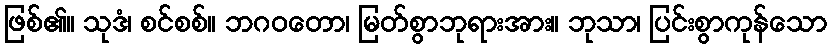
ဖြစ်၏။ သုဒံ၊ စင်စစ်။ ဘဂဝတော၊ မြတ်စွာဘုရားအား။ ဘုသာ၊ ပြင်းစွာကုန်သော